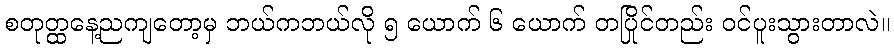
စတုတ္ထနေ့ညကျတော့မှ ဘယ်ကဘယ်လို ၅ ယောက် ၆ ယောက် တပြိုင်တည်း ဝင်ပူးသွားတာလဲ။